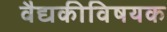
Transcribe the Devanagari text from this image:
वैद्यकीविषयक